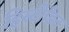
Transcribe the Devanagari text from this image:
हिस्टीडिन